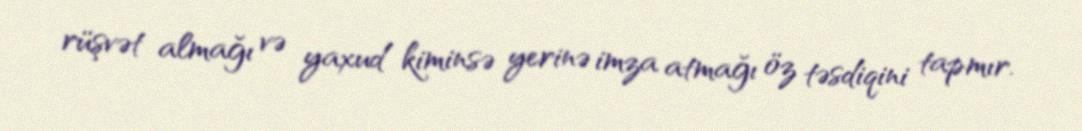
rüşvət almağı və yaxud kiminsə yerinə imza atmağı öz təsdiqini tapmır.